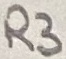
Text: R3